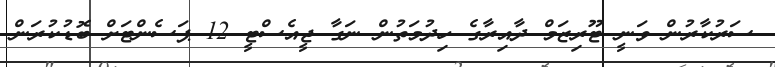
ސަރުކާރުން ވަނީ ޓޫރިޒަމް ދާއިރާގެ ހިދުމަތުން ނަގާ ޖީއެސްޓީ 12 ޕަސެންޓަށް ބޮޑުކުރަން